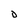
Character: D